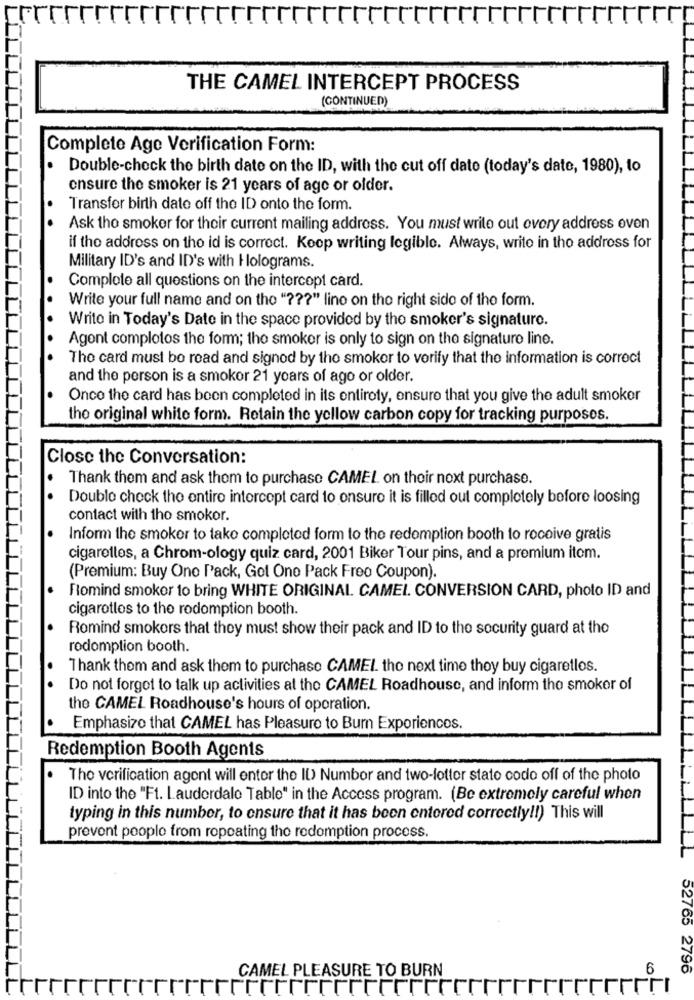
THE CAMEL INTERCEPT PROCESS
(CONTINUED)
Complete Age Verification Form:
.
Double-check the birth date on the ID, with the cut off date (today's date, 1980), to
ensure the smoker is 21 years of age or older.
Transfer birth date off the ID onto the form.
Ask tho smoker for their current mailing address. You must write out every address even
if the address on the id is correct. Koop writing legible. Always, write in the address for
Military ID's and ID's with Holograms.
Complete all questions on the intercept card.
Write your full name and on the " ??? " lino on the right side of the form.
Write in Today's Date in the space provided by the smoker's signature.
Agent complotos the form; the smoker is only to sign on the signature line.
The card must be read and signed by the smoker to verify that the information is correct
and the person is a smoker 21 years of ago or older.
Once the card has been completed in its entirety, ensure that you give the adult smoker
the original white form. Retain the yellow carbon copy for tracking purposes.
Close the Conversation:
Thank them and ask them to purchase CAMEL on their next purchase.
Double check the entire intercept card to onsure it is filled out completely before loosing
contact with tho smokor.
Inform the smoker to tako completed form to the redemption booth to receive gratis
cigarettes, a Chrom-ology quiz card, 2001 Biker Tour pins, and a premium itom.
(Premium: Buy One Pack, Got One Pack Freo Coupon).
Romind smoker to bring WHITE ORIGINAL. CAMEL. CONVERSION CARD, photo ID and
cigarotlos to the rodomption booth.
Remind smokers that they must show their pack and ID to the security guard at the
rodomption booth.
Thank them and ask them to purchase CAMEL. the next time they buy cigaretlos.
Do not forget to talk up activities at the CAMEL Roadhouse, and inform the smoker of
the CAMEL Roadhouse's hours of operation.
Emphasize that CAMEL has Pleasure to Burn Exporiencos.
Redemption Booth Agents
The verification agent will enter the ID Number and two-lotter stato codo off of the photo
ID into the "Ft. Lauderdale Table" in the Access program. (Be extremely careful when
typing in this number, to ensure that it has been entered correctly !! ) This will
prevent people from ropoating the redemption process.
CAMEL PLEASURE TO BURN
6
52765 2796